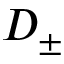
D _ { \pm }